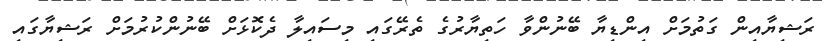
ރަޝިޔާއިން ގަތުމަށް އިންޑިޔާ ބޭނުންވާ ހަތިޔާރުގެ ތެރޭގައި މިސައިލާ ދެކޮޅަށް ބޭނުންކުރުމަށް ރަޝިޔާގައި